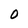
Character: 0